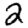
Digit: 2